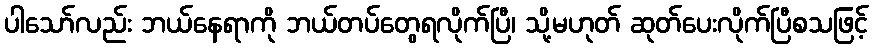
ပါသော်လည်း ဘယ်နေရာကို ဘယ်တပ်တွေရလိုက်ပြီ၊ သို့မဟုတ် ဆုတ်ပေးလိုက်ပြီစသဖြင့်